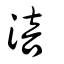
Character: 涪